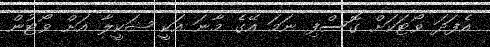
އެފަދަ ވޯޓަކަށް ގޮސްފި ނަމަ އޭގެ މާނަ އަކީ ޝަކީލާ އަށް ވޯޓުން